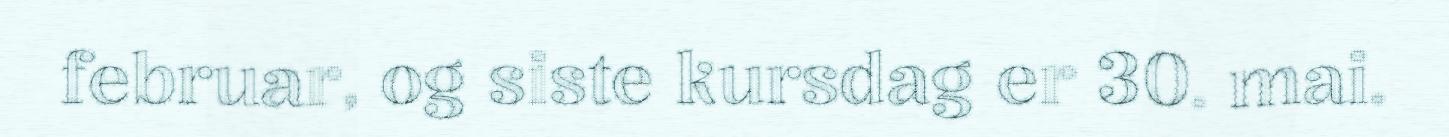
februar, og siste kursdag er 30. mai.